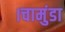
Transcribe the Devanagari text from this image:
।चामुंडा